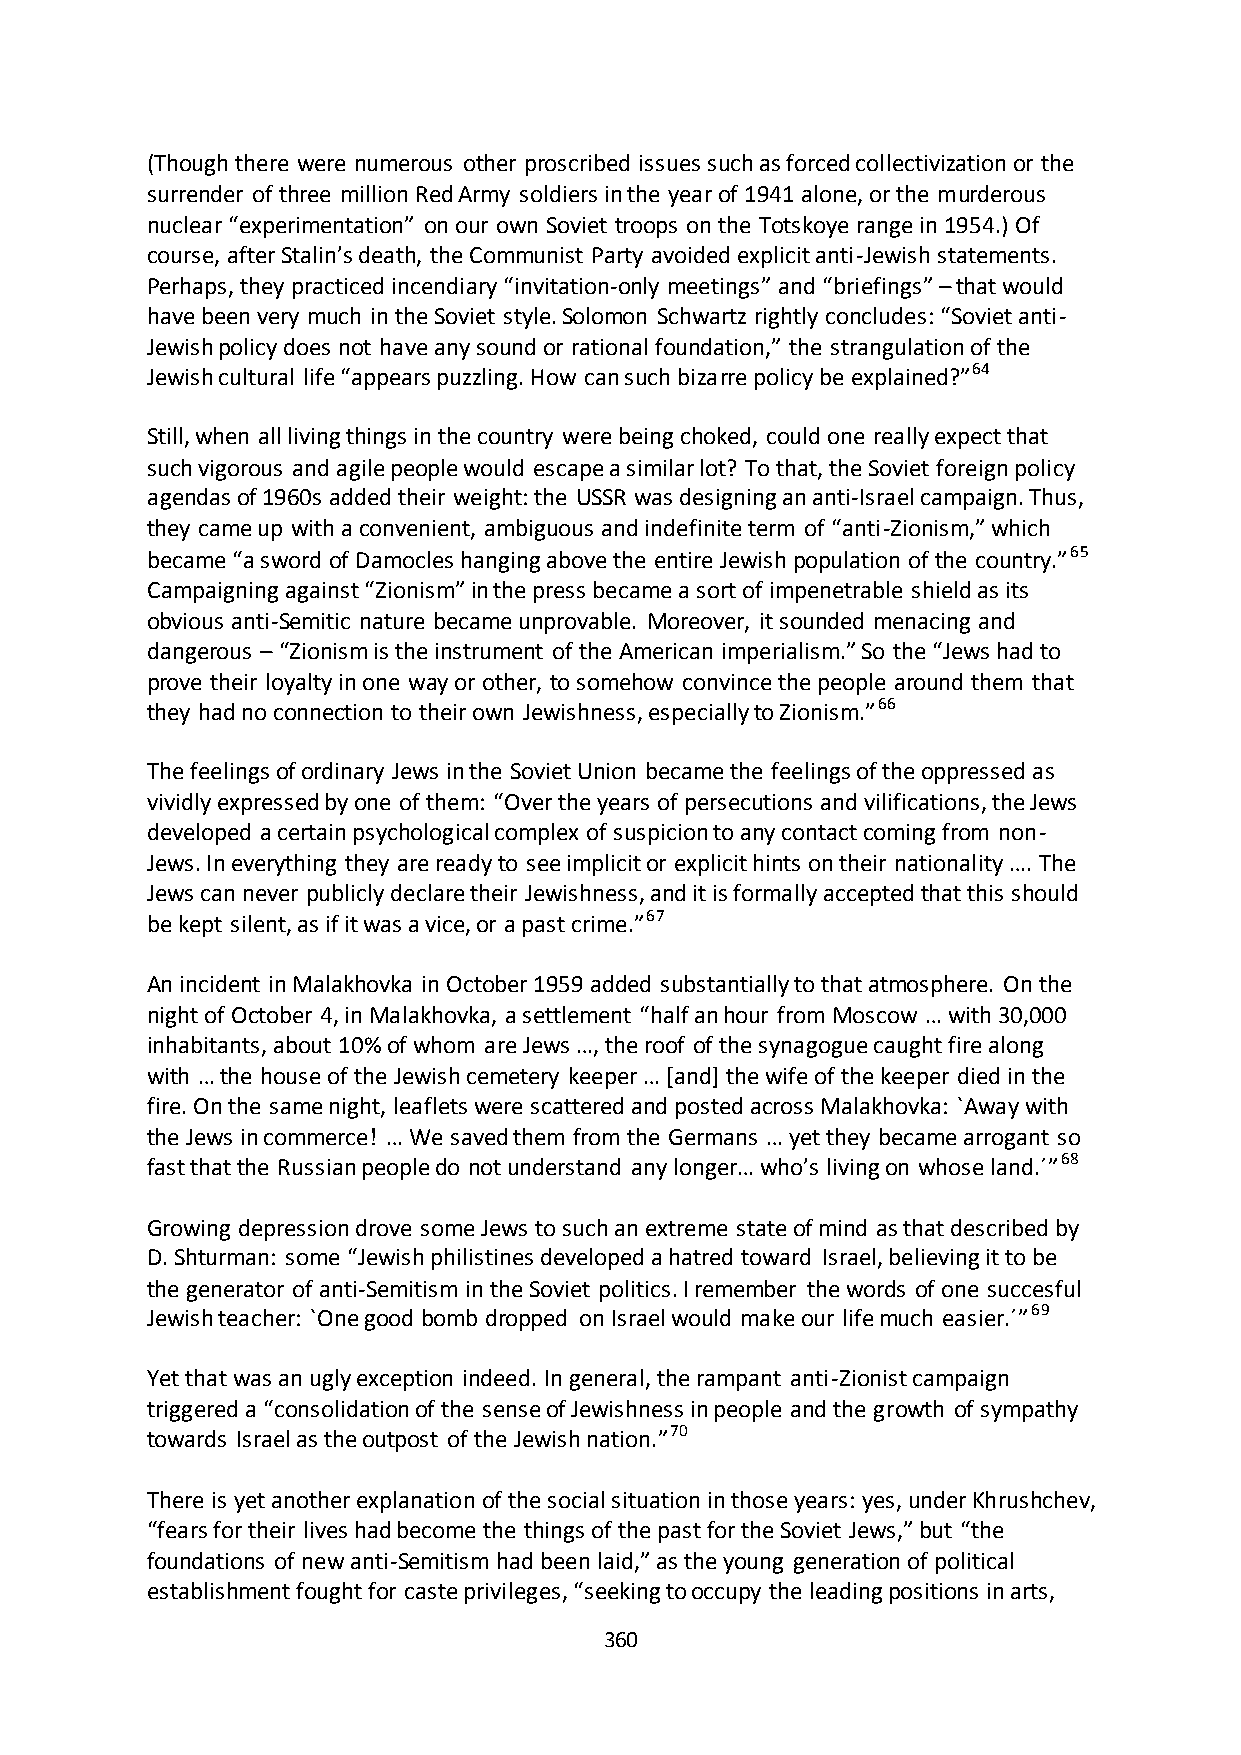
(Though there were numerous other proscribed issues such as forced collectivization or the
 surrender of three million Red Army soldiers in the year of 1941 alone, or the murderous
 nuclear “experimentation” on our own Soviet troops on the Totskoye range in 1954.) Of
 course, after Stalin’s death, the Communist Party avoided explicit anti-Jewish statements.
 Perhaps, they practiced incendiary “invitation-only meetings” and “briefings” – that would
 have been very much in the Soviet style. Solomon Schwartz rightly concludes: “Soviet anti-
 Jewish policy does not have any sound or rational foundation,” the strangulation of the
 Jewish cultural life “appears puzzling. How can such bizarre policy be explained?”64
 Still, when all living things in the country were being choked, could one really expect that
 such vigorous and agile people would escape a similar lot? To that, the Soviet foreign policy
 agendas of 1960s added their weight: the USSR was designing an anti-Israel campaign. Thus,
 they came up with a convenient, ambiguous and indefinite term of “anti-Zionism,” which
 became “a sword of Damocles hanging above the entire Jewish population of the country.”65
 Campaigning against “Zionism” in the press became a sort of impenetrable shield as its
 obvious anti-Semitic nature became unprovable. Moreover, it sounded menacing and
 dangerous – “Zionism is the instrument of the American imperialism.” So the “Jews had to
 prove their loyalty in one way or other, to somehow convince the people around them that
 they had no connection to their own Jewishness, especially to Zionism.”66
 The feelings of ordinary Jews in the Soviet Union became the feelings of the oppressed as
 vividly expressed by one of them: “Over the years of persecutions and vilifications, the Jews
 developed a certain psychological complex of suspicion to any contact coming from non-
 Jews. In everything they are ready to see implicit or explicit hints on their nationality …. The
 Jews can never publicly declare their Jewishness, and it is formally accepted that this should
 be kept silent, as if it was a vice, or a past crime.”67
 An incident in Malakhovka in October 1959 added substantially to that atmosphere. On the
 night of October 4, in Malakhovka, a settlement “half an hour from Moscow … with 30,000
 inhabitants, about 10% of whom are Jews …, the roof of the synagogue caught fire along
 with … the house of the Jewish cemetery keeper … *and+ the wife of the keeper died in the
 fire. On the same night, leaflets were scattered and posted across Malakhovka: `Away with
 the Jews in commerce! … We saved them from the Germans … yet they became arrogant so
 fast that the Russian people do not understand any longer… who’s living on whose land.´”68
 Growing depression drove some Jews to such an extreme state of mind as that described by
 D. Shturman: some “Jewish philistines developed a hatred toward Israel, believing it to be
 the generator of anti-Semitism in the Soviet politics. I remember the words of one succesful
 Jewish teacher: `One good bomb dropped on Israel would make our life much easier.´”69
 Yet that was an ugly exception indeed. In general, the rampant anti-Zionist campaign
 triggered a “consolidation of the sense of Jewishness in people and the growth of sympathy
 towards Israel as the outpost of the Jewish nation.”70
 There is yet another explanation of the social situation in those years: yes, under Khrushchev,
 “fears for their lives had become the things of the past for the Soviet Jews,” but “the
 foundations of new anti-Semitism had been laid,” as the young generation of political
 establishment fought for caste privileges, “seeking to occupy the leading positions in arts,
 360